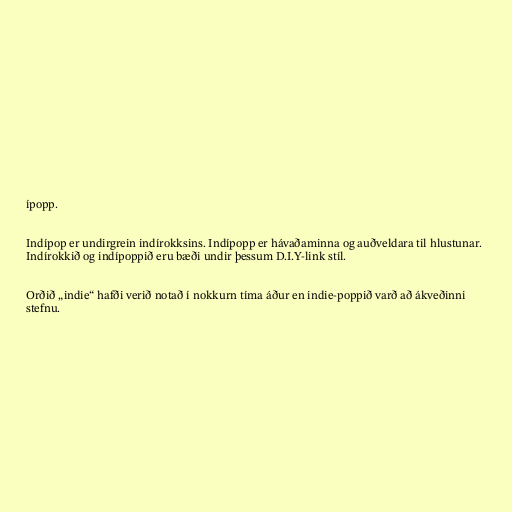
ípopp.

Indípop er undirgrein indírokksins. Indípopp er hávaðaminna og auðveldara til hlustunar.
Indírokkið og indípoppið eru bæði undir þessum D.I.Y-link stíl.

Orðið „indie“ hafði verið notað í nokkurn tíma áður en indie-poppið varð að ákveðinni
stefnu.